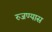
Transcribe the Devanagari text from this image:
रुजण्यास